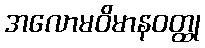
အလောမဝိမာနဝတ္ထု